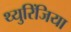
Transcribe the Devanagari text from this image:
थ्युरिंजिया